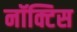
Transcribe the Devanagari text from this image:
नॉक्टिस